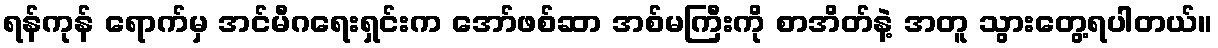
ရန်ကုန် ရောက်မှ အင်မီဂရေးရှင်းက အော်ဖစ်ဆာ အစ်မကြီးကို စာအိတ်နဲ့ အတူ သွားတွေ့ရပါတယ်။